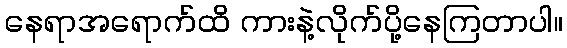
နေရာအရောက်ထိ ကားနဲ့လိုက်ပို့နေကြတာပါ။